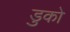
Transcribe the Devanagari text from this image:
डुको